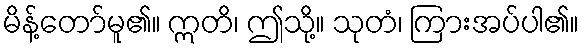
မိန့်တော်မူ၏။ ဣတိ၊ ဤသို့။ သုတံ၊ ကြားအပ်ပါ၏။